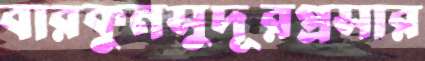
বারকুনসুদূরপ্রসার